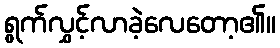
ရွက်လွှင့်လာခဲ့လေတော့၏။